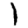
Digit: 1